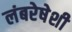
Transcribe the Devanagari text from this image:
लंबरेषेशी